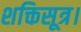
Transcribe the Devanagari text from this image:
शक्तिसूत्र।